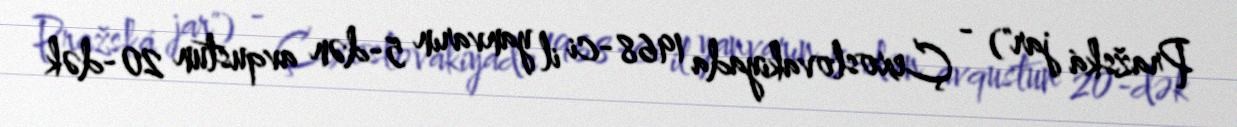
Pražská jar") - Çexoslovakiyada 1968-ci il yanvarın 5-dən avqustun 20-dək